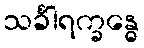
သင်္ခါရက္ခန္ဓေ